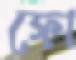
ফো